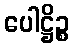
ပေါဋ္ဌိဉ္စ